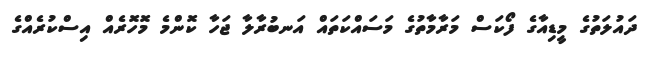
ދައުލަތުގެ މީޑިއާގެ ފޯކަސް މަރާމާތުގެ މަސައްކަތައް އަނބުރާލާ ޖަހާ ކޮންމެ މޮހޮރެއް އިސްކުރެއްގެ